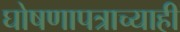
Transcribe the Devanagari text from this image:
घोषणापत्राच्याही